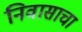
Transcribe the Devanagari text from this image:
निवासाचा